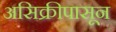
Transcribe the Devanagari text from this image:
असिक्रीपासून